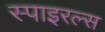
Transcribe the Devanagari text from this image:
स्पाइरल्स